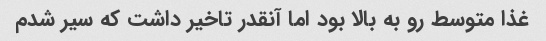
غذا متوسط رو به بالا بود اما آنقدر تاخیر داشت که سیر شدم